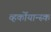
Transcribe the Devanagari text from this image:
व्हर्कोयान्स्क